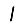
Digit: 1